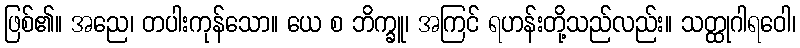
ဖြစ်၏။ အညေ၊ တပါးကုန်သော။ ယေ စ ဘိက္ခူ၊ အကြင် ရဟန်းတို့သည်လည်း။ သတ္ထုဂါရဝေါ၊